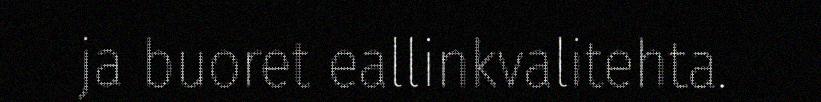
ja buoret eallinkvalitehta.